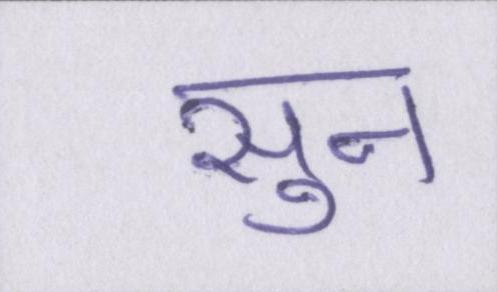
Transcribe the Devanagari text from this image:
सुन